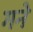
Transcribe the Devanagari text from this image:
गने